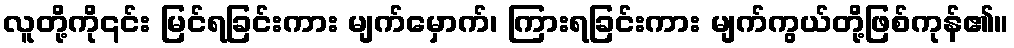
လူတို့ကို၎င်း မြင်ရခြင်းကား မျက်မှောက်၊ ကြားရခြင်းကား မျက်ကွယ်တို့ဖြစ်ကုန်၏။